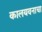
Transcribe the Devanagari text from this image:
कालयवनाचा